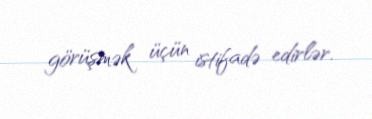
görüşmək üçün istifadə edirlər.